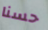
حسنا